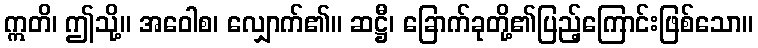
ဣတိ၊ ဤသို့။ အဝေါစ၊ လျှောက်၏။ ဆဋ္ဌီ၊ ခြောက်ခုတို့၏ပြည့်ကြောင်းဖြစ်သော။